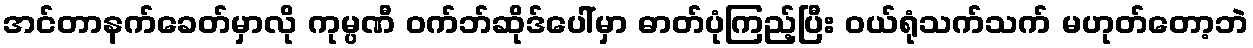
အင်တာနက်ခေတ်မှာလို ကုမ္ပဏီ ဝက်ဘ်ဆိုဒ်ပေါ်မှာ ဓာတ်ပုံကြည့်ပြီး ဝယ်ရုံသက်သက် မဟုတ်တော့ဘဲ